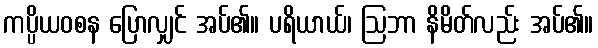
ကပ္ပိယဝစန ပြောလျှင် အပ်၏။ ပရိယာယ်၊ ဩဘာ နိမိတ်လည်း အပ်၏။